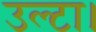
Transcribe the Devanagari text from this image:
उल्टा।